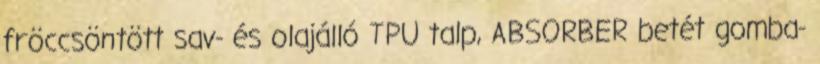
fröccsöntött sav- és olajálló TPU talp, ABSORBER betét gomba-